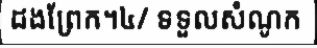
ដងព្រែក។៤/ ទទួលសំណូក